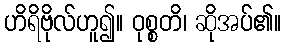
ဟိရိဗိုလ်ဟူ၍။ ဝုစ္စတိ၊ ဆိုအပ်၏။